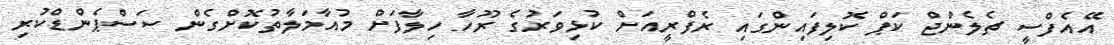
އޭއެފްސީ ޗެލެންޖް ކަޕް ކޮލިފައިންގައި ރެފްރީއަށް ކުޅިވަރުގެ ރޫހާ ހިލާފަށް މުއާމަލާތުކޮށްގެން ސަސްޕެންޑްކުރި